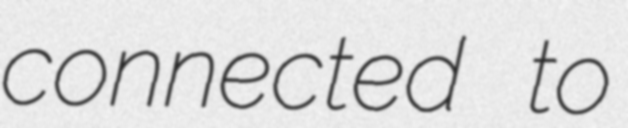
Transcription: connected to